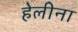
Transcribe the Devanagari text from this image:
हेलीना